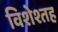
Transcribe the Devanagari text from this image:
विशेश्तह